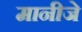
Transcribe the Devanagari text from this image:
मानीजे